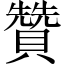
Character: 贊